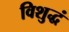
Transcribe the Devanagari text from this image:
विशुद्धं